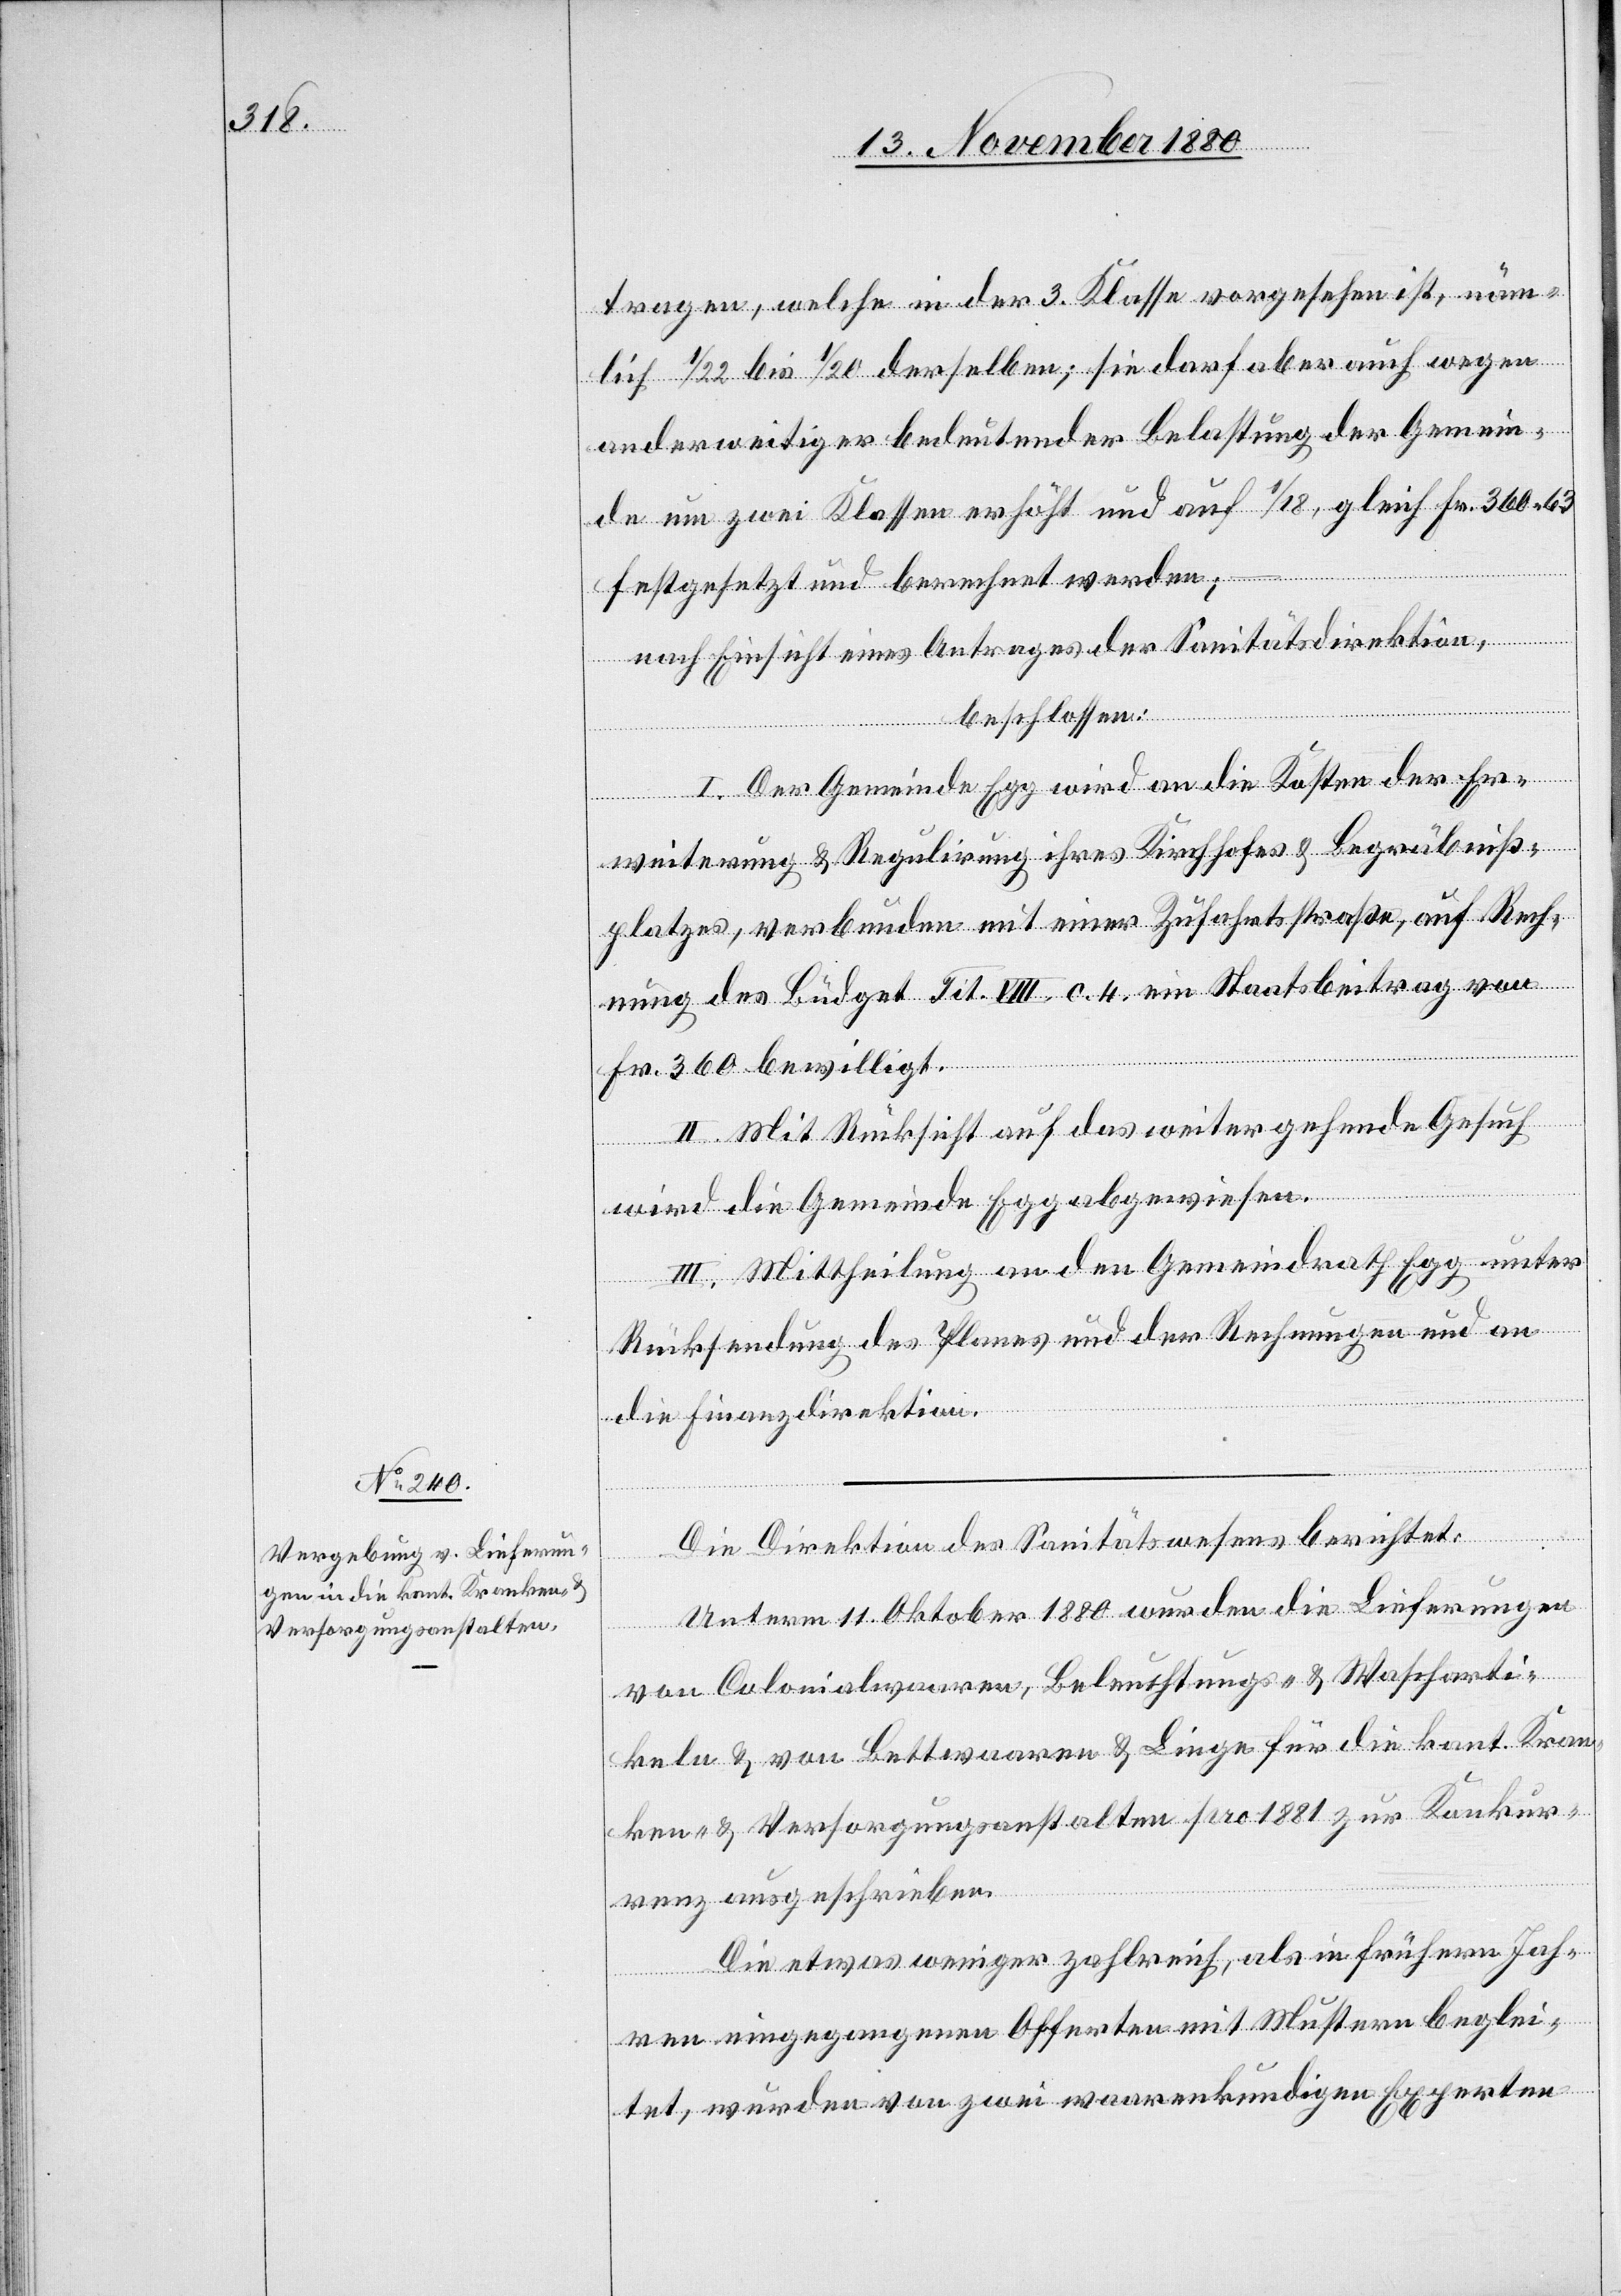
tragen, welche in der 3. Klasse vorgesehen ist, näm¬
lich 1/22 bis 1/20 derselben; sie darf aber auch wegen
anderweitiger bedeutender Belastung der Gemein¬
de um zwei Klassen erhöht und auf 1/18, gleich Fr. 360 63
festgesetzt und berechnet werden; –
nach Einsicht eines Antrages der Sanitätsdirektion,
beschlossen:
I. Der Gemeinde Egg wird an die Kosten der Er¬
weiterung & Regulirung ihres Kirchhofes & Begräbniß¬
platzes, verbunden mit einer Zufahrtsstraße, auf Rech¬
nung des Büdget Tit. VII. c. 4. ein Staatsbeitrag von
Fr. 360 bewilligst.
II. Mit Rücksicht auf das weitergehende Gesuch
wird die Gemeinde Egg abgewiesen.
III. Mittheilung an den Gemeindrath Egg unter
Rücksendung des Planes und der Rechnungen und an
die Finanzdirektion.
Die Direktion des Sanitätswesens berichtet:
Unterm 11. Oktober 1880 wurden die Lieferungen
von Colonialwaaren, Beleuchtungs- & Wascharti¬
keln & von Bettwaaren & Linge für die kant. Kran¬
ken- & Versorgungsanstalten pro 1881 zur Konkur¬
renz ausgeschrieben.
Die etwas weniger zahlreich, als in frühern Jah¬
ren eingegangenen Offerten mit Mustern beglei¬
tet, wurden von zwei waarenkundigen Experten